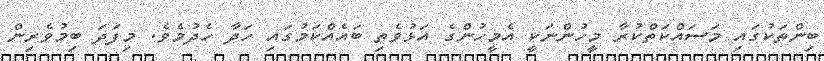
ބިންތަކުގައި މަސައްކަތްކުރާ މީހުންނަކީ އެމީހުންގެ އަޅުވެތި ބައެއްކަމުގައި ހަދާ ހެދުމެވެ. މިފަދަ ބިމުވެރިން